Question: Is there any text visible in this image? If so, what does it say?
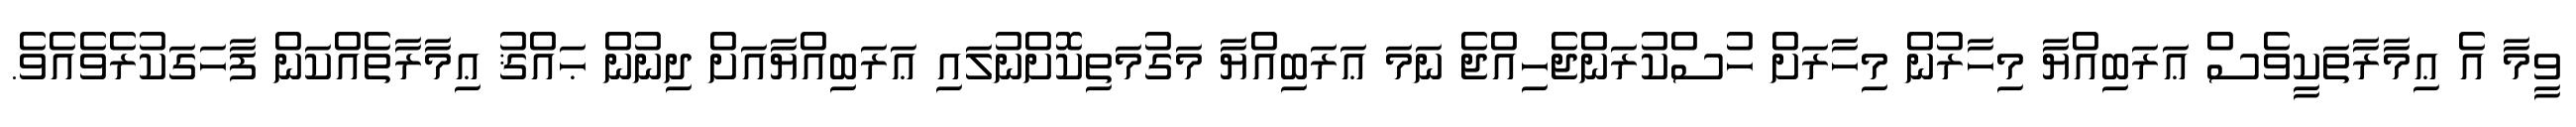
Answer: ވީމާ އެ ޢިމާރާތަކީވެސް ޢަރަބިއްޔާ މިހާރުން މިހާރަށް ހުސްކުރަންޖެހިއްޖެ ނަމަ ޢަރަބިއްޔާ މަގުމަތިކޮށްނުލައި ޢަރަބިއްޔާއަށް ދިނުން ޙައްޤު ޢިމާރާތެއްކަން ފާހަގަކުރެވެއެވެ.